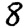
Digit: 8